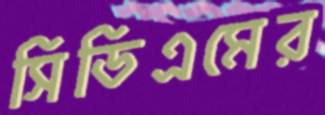
সিডিএমের